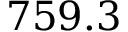
7 5 9 . 3